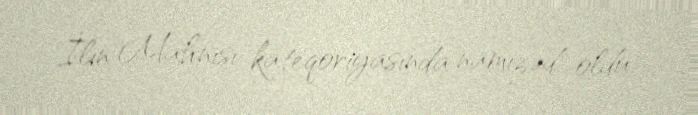
İlin Mahnısı kateqoriyasında namizəd oldu.